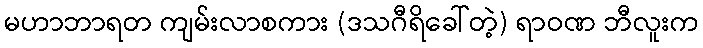
မဟာဘာရတ ကျမ်းလာစကား (ဒသဂီရိခေါ်တဲ့) ရာဝဏ ဘီလူးက